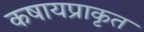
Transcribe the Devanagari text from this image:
कषायप्राकृत